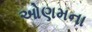
ઓણમના